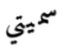
سميتي